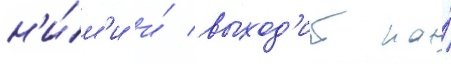
н'и́м'и и́ выход'ит на́